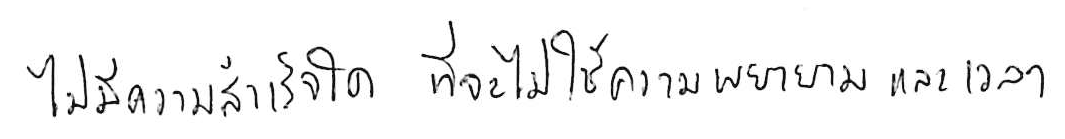
ไม่มีความสำเร็จใด ที่จะไม่ใช้ความพยายามและเวลา